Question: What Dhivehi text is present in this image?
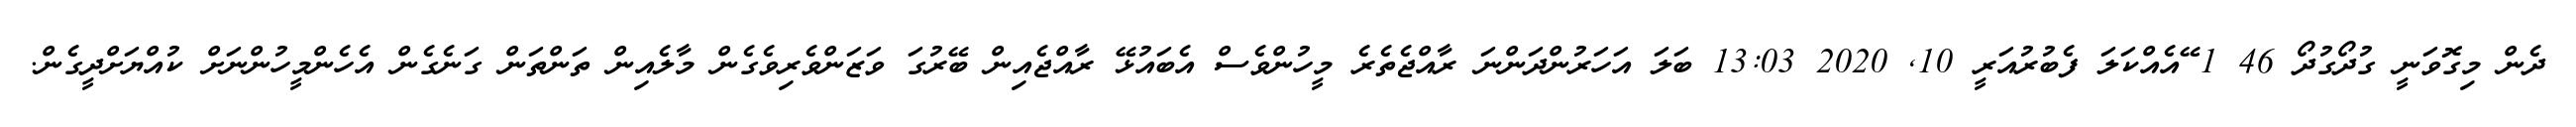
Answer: ދެން މިގޮވަނީ ގުދޯގުދޯ 46 1 ޭއެއްކަލަ ފެބުރުއަރީ 10, 2020 13:03 ބަލަ އަހަރުންދަންނަ ރާއްޖެތެރެ މީހުންވެސް އެބައުޅޭ ރާއްޖެއިން ބޭރުގަ ވަޒަންވެރިވެގެން މާލެއިން ތަންތަން ގަނެގެން އެހެންމީހުންނަށް ކުއްޔަށްދީގެން.